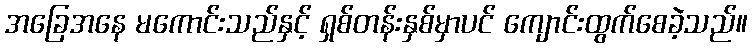
အခြေအနေ မကောင်းသည်နှင့် ရှစ်တန်းနှစ်မှာပင် ကျောင်းထွက်စေခဲ့သည်။